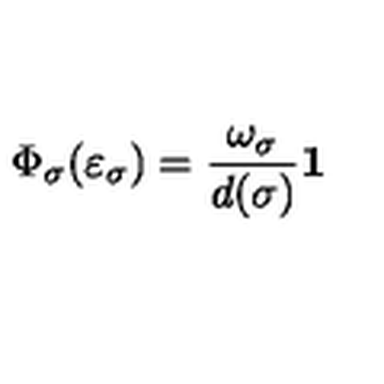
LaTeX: \Phi _ { \sigma } ( \varepsilon _ { \sigma } ) = \frac { \omega _ { \sigma } } { d ( \sigma ) } { \bf 1 }